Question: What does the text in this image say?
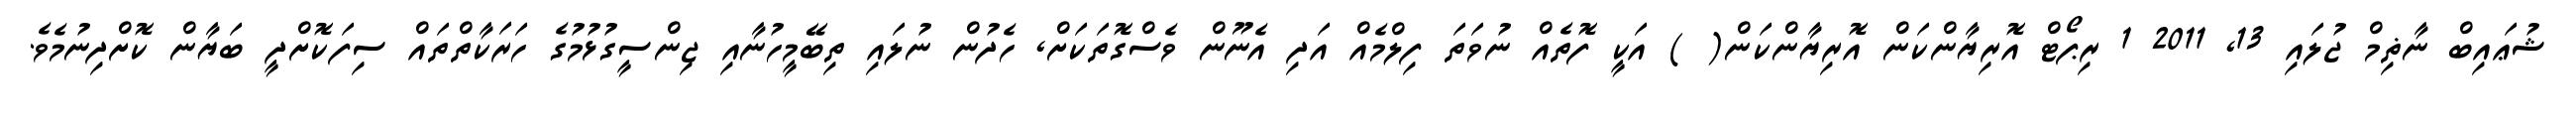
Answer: ޝުޢައިބް ނާޡިމް ޖުލައި 13, 2011 1 ރިޕޯޓް އޮރިޔާންކަން އޮރިޔާންކަން( ) އަކީ ފޮތެއް ނުވަތަ ފިލްމެއް އަދި އެނޫން ވެސްގޮތަކަށް, ހެދުން ނުލައި ތިބޭމީހުނާއި ޖިންސީގުޅުމުގެ ހަރަކާތްތައް ސިފަކޮށްދީ ބަޔާން ކޮށްދިނުމެވެ.